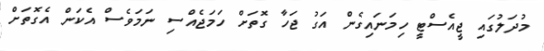
މުދަލުގައި ޖީއެސްޓީ ހިމަނައިގެން އަގު ޖަހާ ގޮތަށް ހަމަޖެއްސި ނަމަވެސް އެކަން އެގޮތަށް